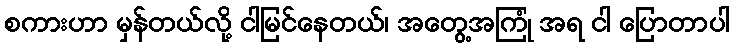
စကားဟာ မှန်တယ်လို့ ငါမြင်နေတယ်၊ အတွေ့အကြုံ အရ ငါ ပြောတာပါ